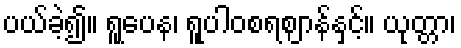
ပယ်ခဲ့၍။ ရူပေန၊ ရူပါဝစရဈာန်နှင့်။ ယုတ္တာ၊